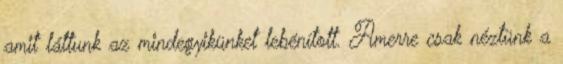
amit láttunk az mindegyikünket lebénított. Amerre csak néztünk a